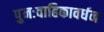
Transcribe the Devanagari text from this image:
पुनःवाहिकावर्धन